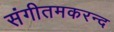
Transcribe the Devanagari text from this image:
संगीतमकरन्द